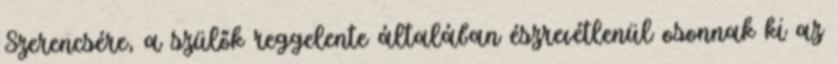
Szerencsére, a szülők reggelente általában észrevétlenül osonnak ki az